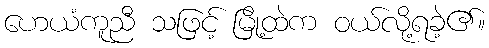
ဟေယံကူညီ သဖြင့် မြို့ထဲက ဝယ်လို့ရခဲ့၏။